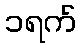
၁ရက်